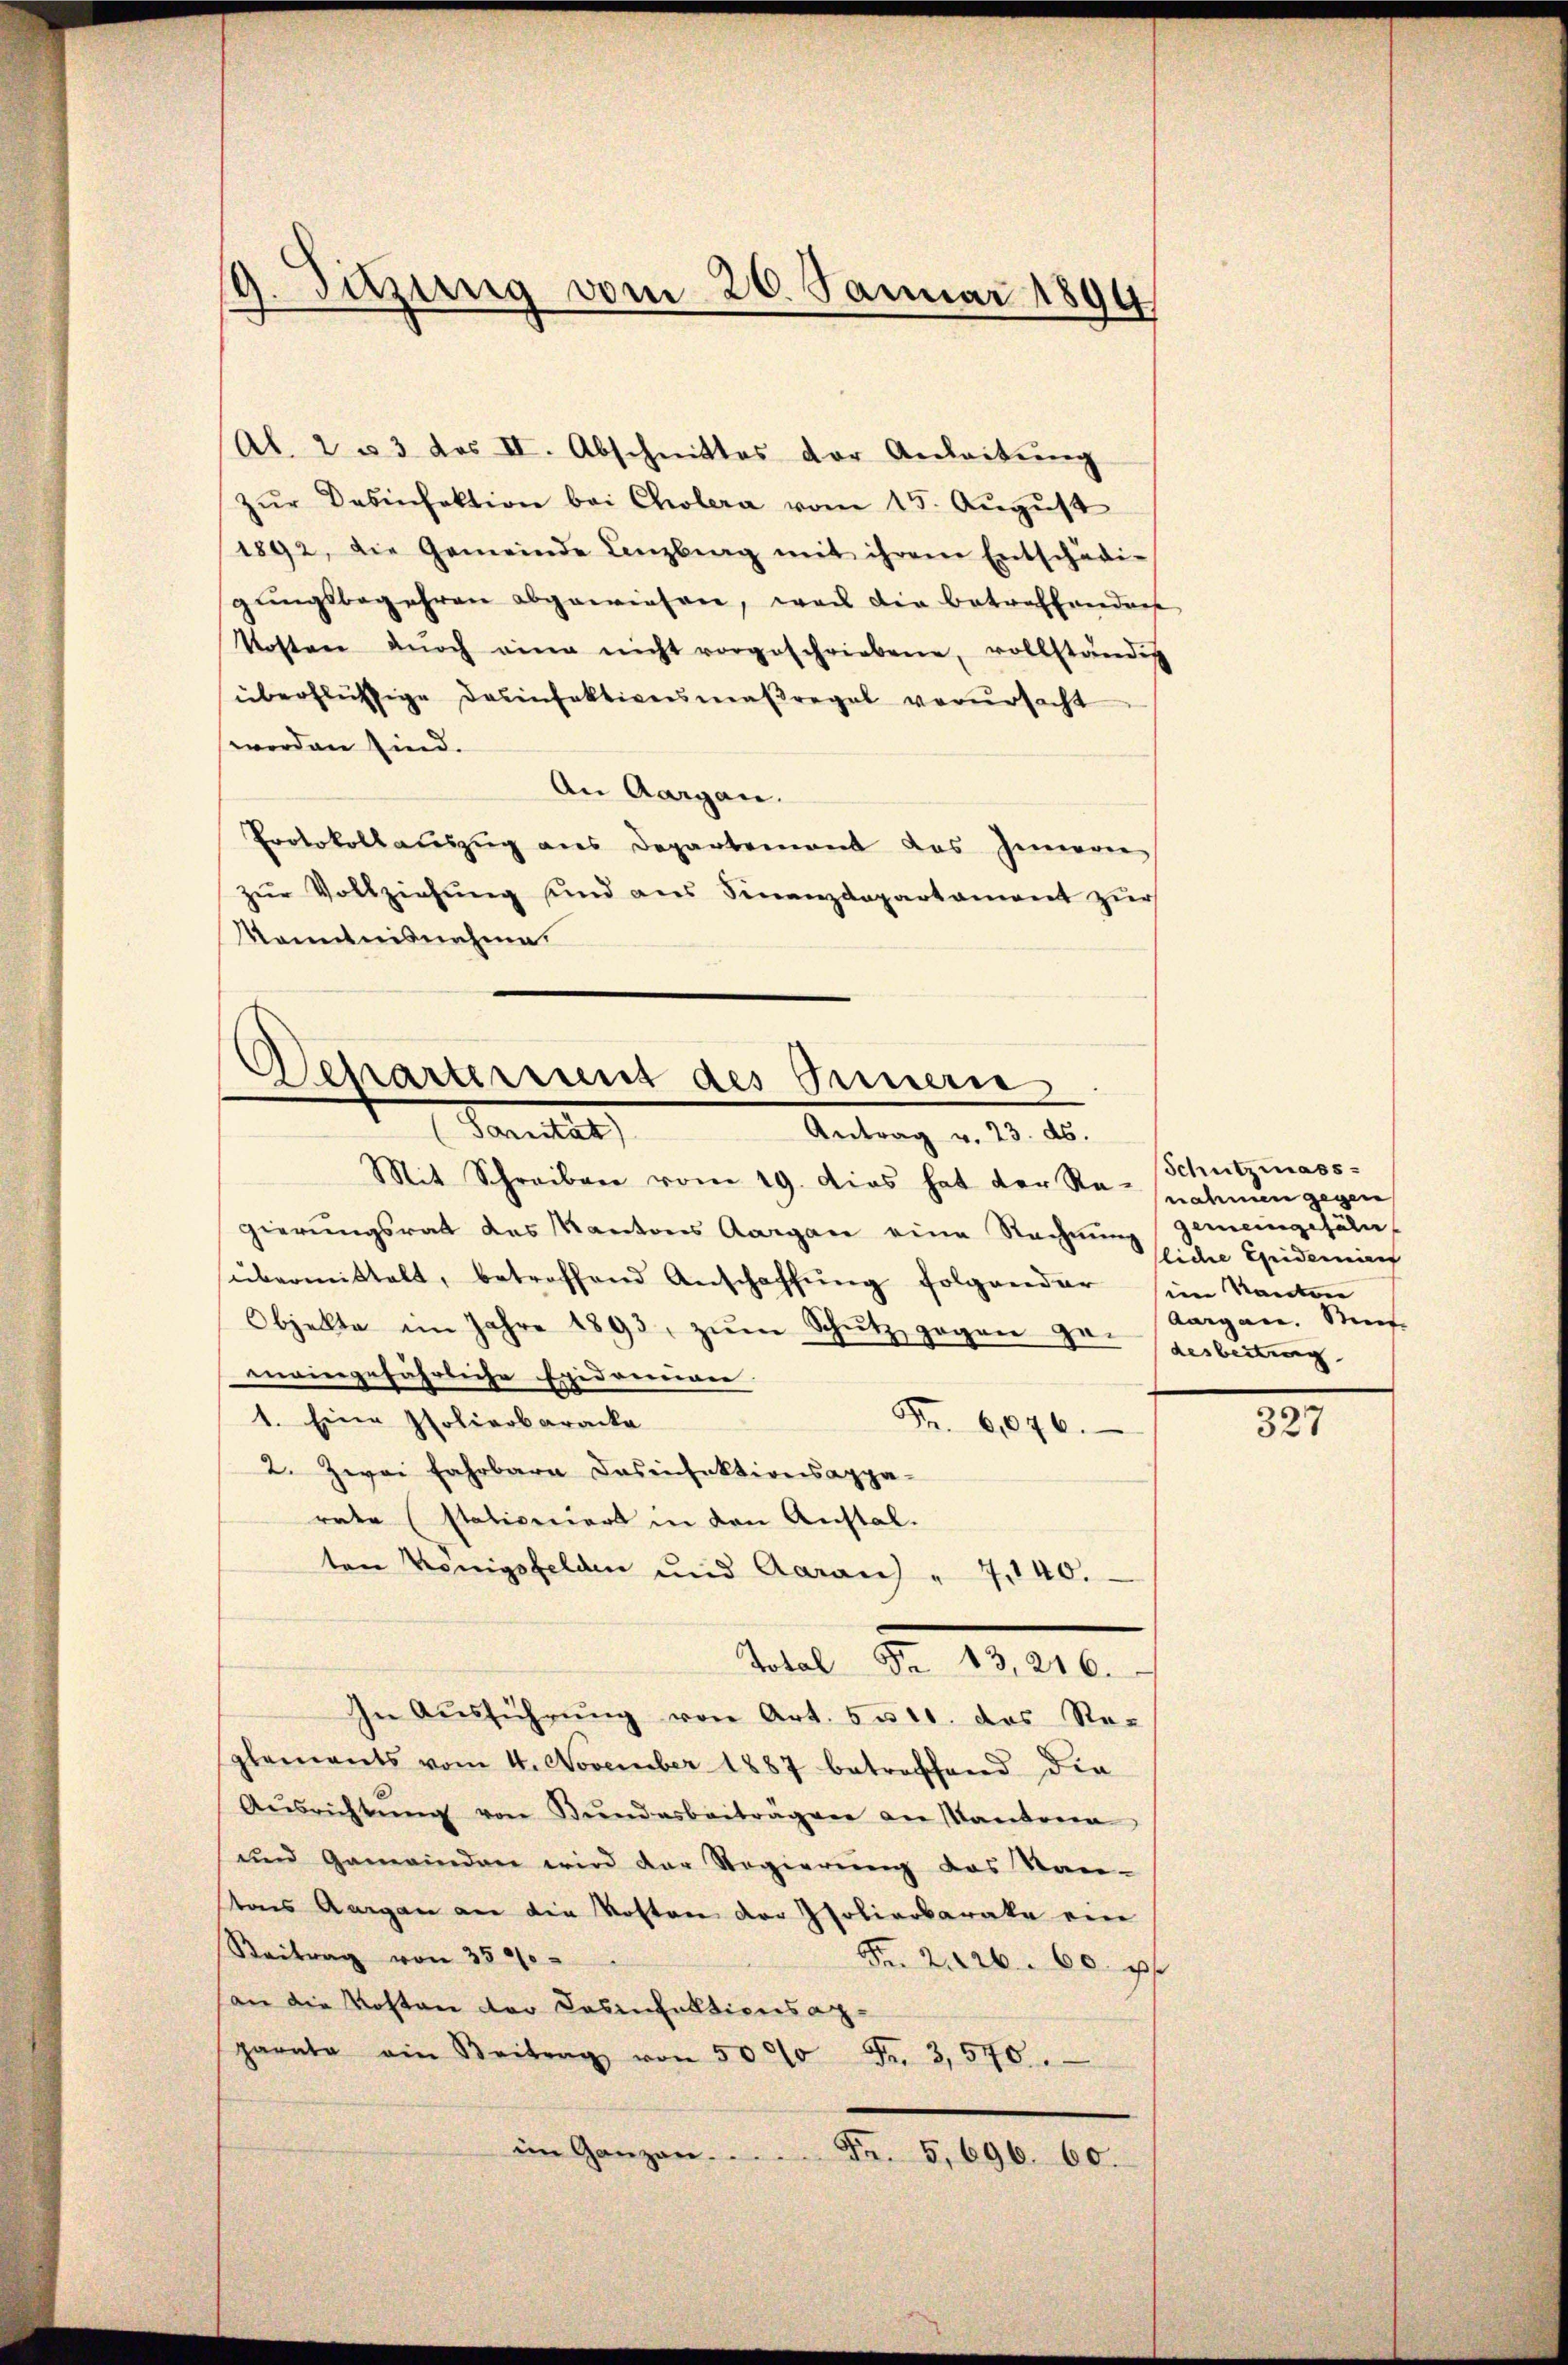
g. Sitzung vom 26. Januar 1894

Al. 2 u 3 des II. Abschnittes der Anleitŭng
zŭr Desinfektion bei Cholera vom 15. August
1892, die Gemeinde Lenzberg mit ihrem Entschädi-
gŭngsbegehren abgewiesen, was die betreffenden
Kosten dŭrch eine nicht vorgeschriebene, vollständig
überflüssige Desinfektionsmaßregel verursacht
werden sind.
An Aargau.
Protokollauszug aus Departement das Zimern
zur Vollziehung sind aus Finanzdepartament zur
Kenntnisnahme.

Departement des Innern
 Sonnten,
Antrag v. 23. ds.

Mit Schreiben vom 19. dies hat der Ra-nahmen gegen
gierungsrat des Kantons Aargau eine Rechnung gemeingefährt
übermittelt, betreffend Anschaffŭng folgender sie Kanton
Objekte im Jahre 1893, zŭm Schŭtz gegen Gr. verbeitung
maingefährliche Exidoneren.
1. Eine Polierbaracke
Fr. 6046.
2. Zwei Fahrbara Dosenfektionsappa-
rate (stativeniers in den Anstal.
ten Königsfelden und Aarau " 7,140.
In Aŭsführŭng von Art. 5 u. 10. das Re-
glements vom 4. November 1887 betreffend die
Aŭsrichtŭng von Bŭndesbeiträgen an Kantona
und Gemeinden wird der Regierung des Stan-
tons Aargau an die Volton der Poliarbarata ein
Beitrag von 350
Fr. 21226. 60. pf
an die Kosten der Casinhaltionsanparate ein Beitrag von 5000 Fr. 3,570.
im Ganzen.
Fr. 5, 696. 60.

Total Fr. 13, 216.

Schutzmass-
liche Epidemien
Aargau. Si

327